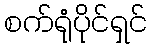
စက်ရုံပိုင်ရှင်